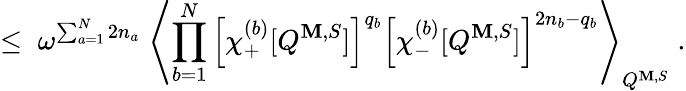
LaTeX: \leq\; \omega^{\sum_{a=1}^{N}2n_{a}}\; \left\langle\prod_{b=1}^{N}\left[\chi_{+}^{(b)}[Q^{\mathbf{M},S}]\right]^{q_{b}}\left[\chi_{-}^{(b)}[Q^{\mathbf{M},S}]\right]^{2n_{b}-q_{b}}\right\rangle_{Q^{\mathbf{M},S}}\; .